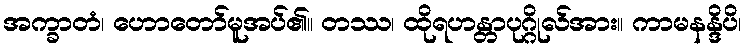
အက္ခာတံ၊ ဟောတော်မူအပ်၏။ တဿ၊ ထိုရဟန္တာပုဂ္ဂိုလ်အား။ ကာမနန္ဒိပိ၊